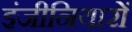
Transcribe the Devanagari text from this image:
इंजीनियारों